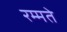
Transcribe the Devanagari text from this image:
रम्मते